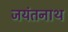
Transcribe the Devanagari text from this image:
जयंतनाथ